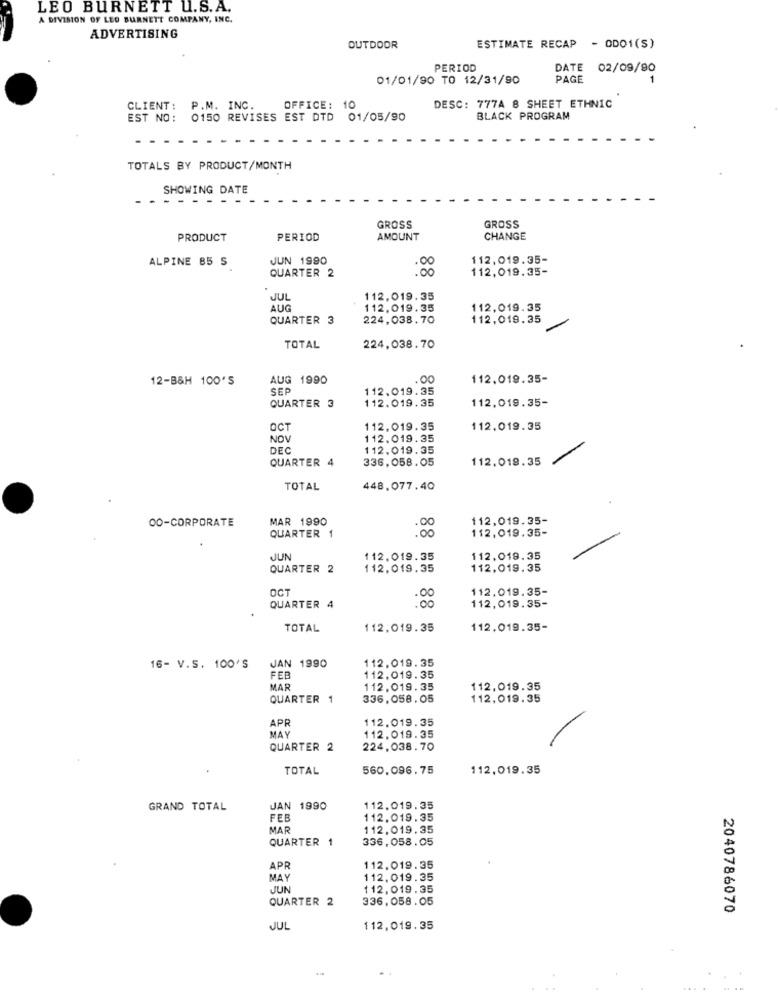
LEO BURNETT U.S.A.
A DIVISION OF LEO BURNETT COMPANY, INC.
ADVERTISING
OUTDOOR
ESTIMATE RECAP - ODO1(S)
PERIOD
DATE
02/09/90
01/01/90 TO 12/31/90
PAGE
-
CLIENT: P.M. INC.
OFFICE: 10
DESC: 777A 8 SHEET ETHNIC
EST NO: 0150 REVISES EST DTD 01/05/90
BLACK PROGRAM
TOTALS BY PRODUCT/MONTH
SHOWING DATE
GROSS
GROSS
PRODUCT
PERIOD
AMOUNT
CHANGE
JUN 1990
112,019.35-
ALPINE 85 S
QUARTER 2
88
112,019.35-
JUL
112.019.35
AUG
112.019.35
112,019.35
QUARTER 3
224,038.70
112,019.35
TOTAL
224,038.70
12-B&H 100'S
AUG 1990
.00
112,019.35-
SEP
112,019.35
QUARTER 3
112.019.35
112,019.35-
OCT
112.019.35
112,019.35
NO
112.019.35
DEC
112,019.35
QUARTER 4
336,058.05
112.019.35
TOTAL
448,077.40
00-CORPORATE
MAR 1990
112,019.35-
:00
112,019.35-
QUARTER 1
JUN
112,019.35
112,019.35
QUARTER 2
112.019.35
112,019.35
OCT
112.019.35-
:00
112,019.35-
QUARTER 4
TOTAL
112,019.35
112.019.35-
16- V.S. 100'S
JAN 1990
112,019.35
FEB
112,019.35
MAR
112.019.35
112,019.35
QUARTER 1
336,058.05
112,019.35
APR
112.019.35
MAY
112.019.35
QUARTER 2
224.038.70
TOTAL
560,096.75
112,019.35
GRAND TOTAL
JAN 1990
112.019.35
FEB
112,019.35
MAR
112,019.35
QUARTER 1
336,058.05
APR
112,019.35
MAY
112,019.35
JUN
112,019.35
QUARTER 2
336,058.05
2040786070
JUL
112,019.35